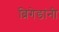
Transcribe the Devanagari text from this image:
ब्रिगेडांनी